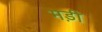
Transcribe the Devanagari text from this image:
मड़ी